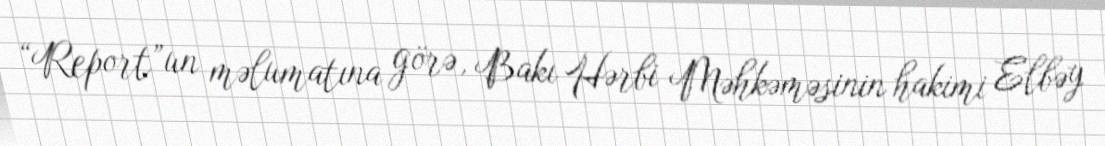
“Report”un məlumatına görə, Bakı Hərbi Məhkəməsinin hakimi Elbəy